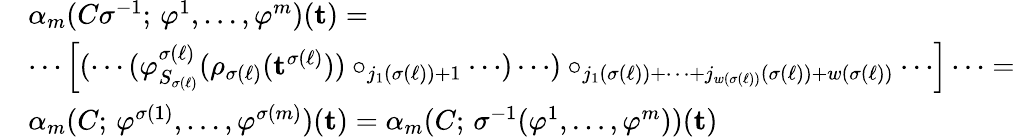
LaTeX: \begin{array}{rl}&{\alpha_{m}(C\sigma^{-1};\, \varphi^{1},\dots,\varphi^{m})(\mathbf{t})=}\\ &{\cdots\left[(\cdots(\varphi_{S_{\sigma(\ell)}}^{\sigma(\ell)}(\rho_{\sigma(\ell)}(\mathbf{t}^{\sigma(\ell)}))\circ_{j_{1}(\sigma(\ell))+1}\cdots)\cdots)\circ_{j_{1}(\sigma(\ell))+\dots+j_{w(\sigma(\ell))}(\sigma(\ell))+w(\sigma(\ell))}\cdots\right]\cdots=}\\ &{\alpha_{m}(C;\, \varphi^{\sigma(1)},\dots,\varphi^{\sigma(m)})(\mathbf{t})=\alpha_{m}(C;\, \sigma^{-1}(\varphi^{1},\dots,\varphi^{m}))(\mathbf{t})}\end{array}